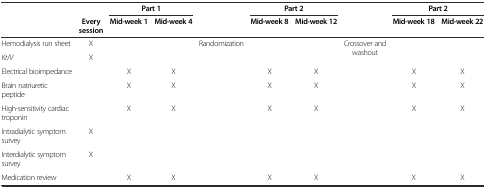
<table><thead><tr><td></td><td></td><td colspan="2"><b>Part 1</b></td><td></td><td colspan="2"><b>Part 2</b></td><td></td><td colspan="2"><b>Part 2</b></td></tr><tr><td></td><td><b>Every session</b></td><td><b>Mid-week 1</b></td><td><b>Mid-week 4</b></td><td></td><td><b>Mid-week 8</b></td><td><b>Mid-week 12</b></td><td></td><td><b>Mid-week 18</b></td><td><b>Mid-week 22</b></td></tr></thead><tbody><tr><td>Hemodialysis run sheet</td><td>X</td><td></td><td></td><td>Randomization</td><td></td><td></td><td>Crossover and washout</td><td></td><td></td></tr><tr><td><i>Kt</i>/<i>V</i></td><td>X</td><td></td><td></td><td rowspan="6"></td><td></td><td></td><td rowspan="6"></td><td></td><td></td></tr><tr><td>Electrical bioimpedance</td><td></td><td>X</td><td>X</td><td>X</td><td>X</td><td>X</td><td>X</td></tr><tr><td>Brain natriuretic peptide</td><td></td><td>X</td><td>X</td><td>X</td><td>X</td><td>X</td><td>X</td></tr><tr><td>High-sensitivity cardiac troponin</td><td></td><td>X</td><td>X</td><td>X</td><td>X</td><td>X</td><td>X</td></tr><tr><td>Intradialytic symptom survey</td><td>X</td><td></td><td></td><td></td><td></td><td></td><td></td></tr><tr><td>Interdialytic symptom survey</td><td>X</td><td></td><td></td><td></td><td></td><td></td><td></td></tr><tr><td>Medication review</td><td></td><td>X</td><td>X</td><td></td><td>X</td><td>X</td><td></td><td>X</td><td>X</td></tr></tbody></table>